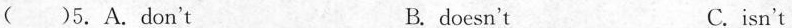
( )5. A.Don't B.doesn't C.isn't